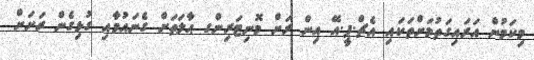
މިކަމުން އަރައިގަތުމަށްތަކައި އެޗް.ޕީ.އޭ އިން ރަށް މޮނިޓަރިންގ ޙާލަތަށް ގެނައުމާއި ގުޅިގެން ރަށަށް